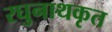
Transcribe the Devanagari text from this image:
रघुनाथकृत